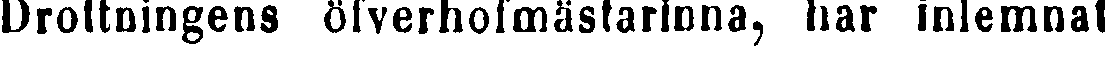
Drottningens öfverhofmästarinna, har inlemnat